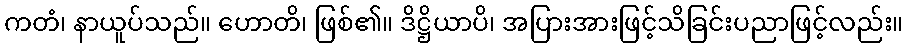
ကတံ၊ နာယူပ်သည်။ ဟောတိ၊ ဖြစ်၏။ ဒိဋ္ဌိယာပိ၊ အပြားအားဖြင့်သိခြင်းပညာဖြင့်လည်း။